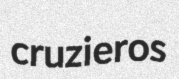
cruzieros